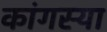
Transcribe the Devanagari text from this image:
कांगस्या